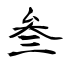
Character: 叁